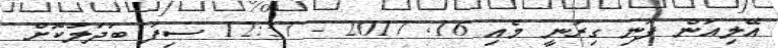
އޭލިއަން ފަނި ގިރަނީ މެއި 16